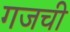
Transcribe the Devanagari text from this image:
गजची